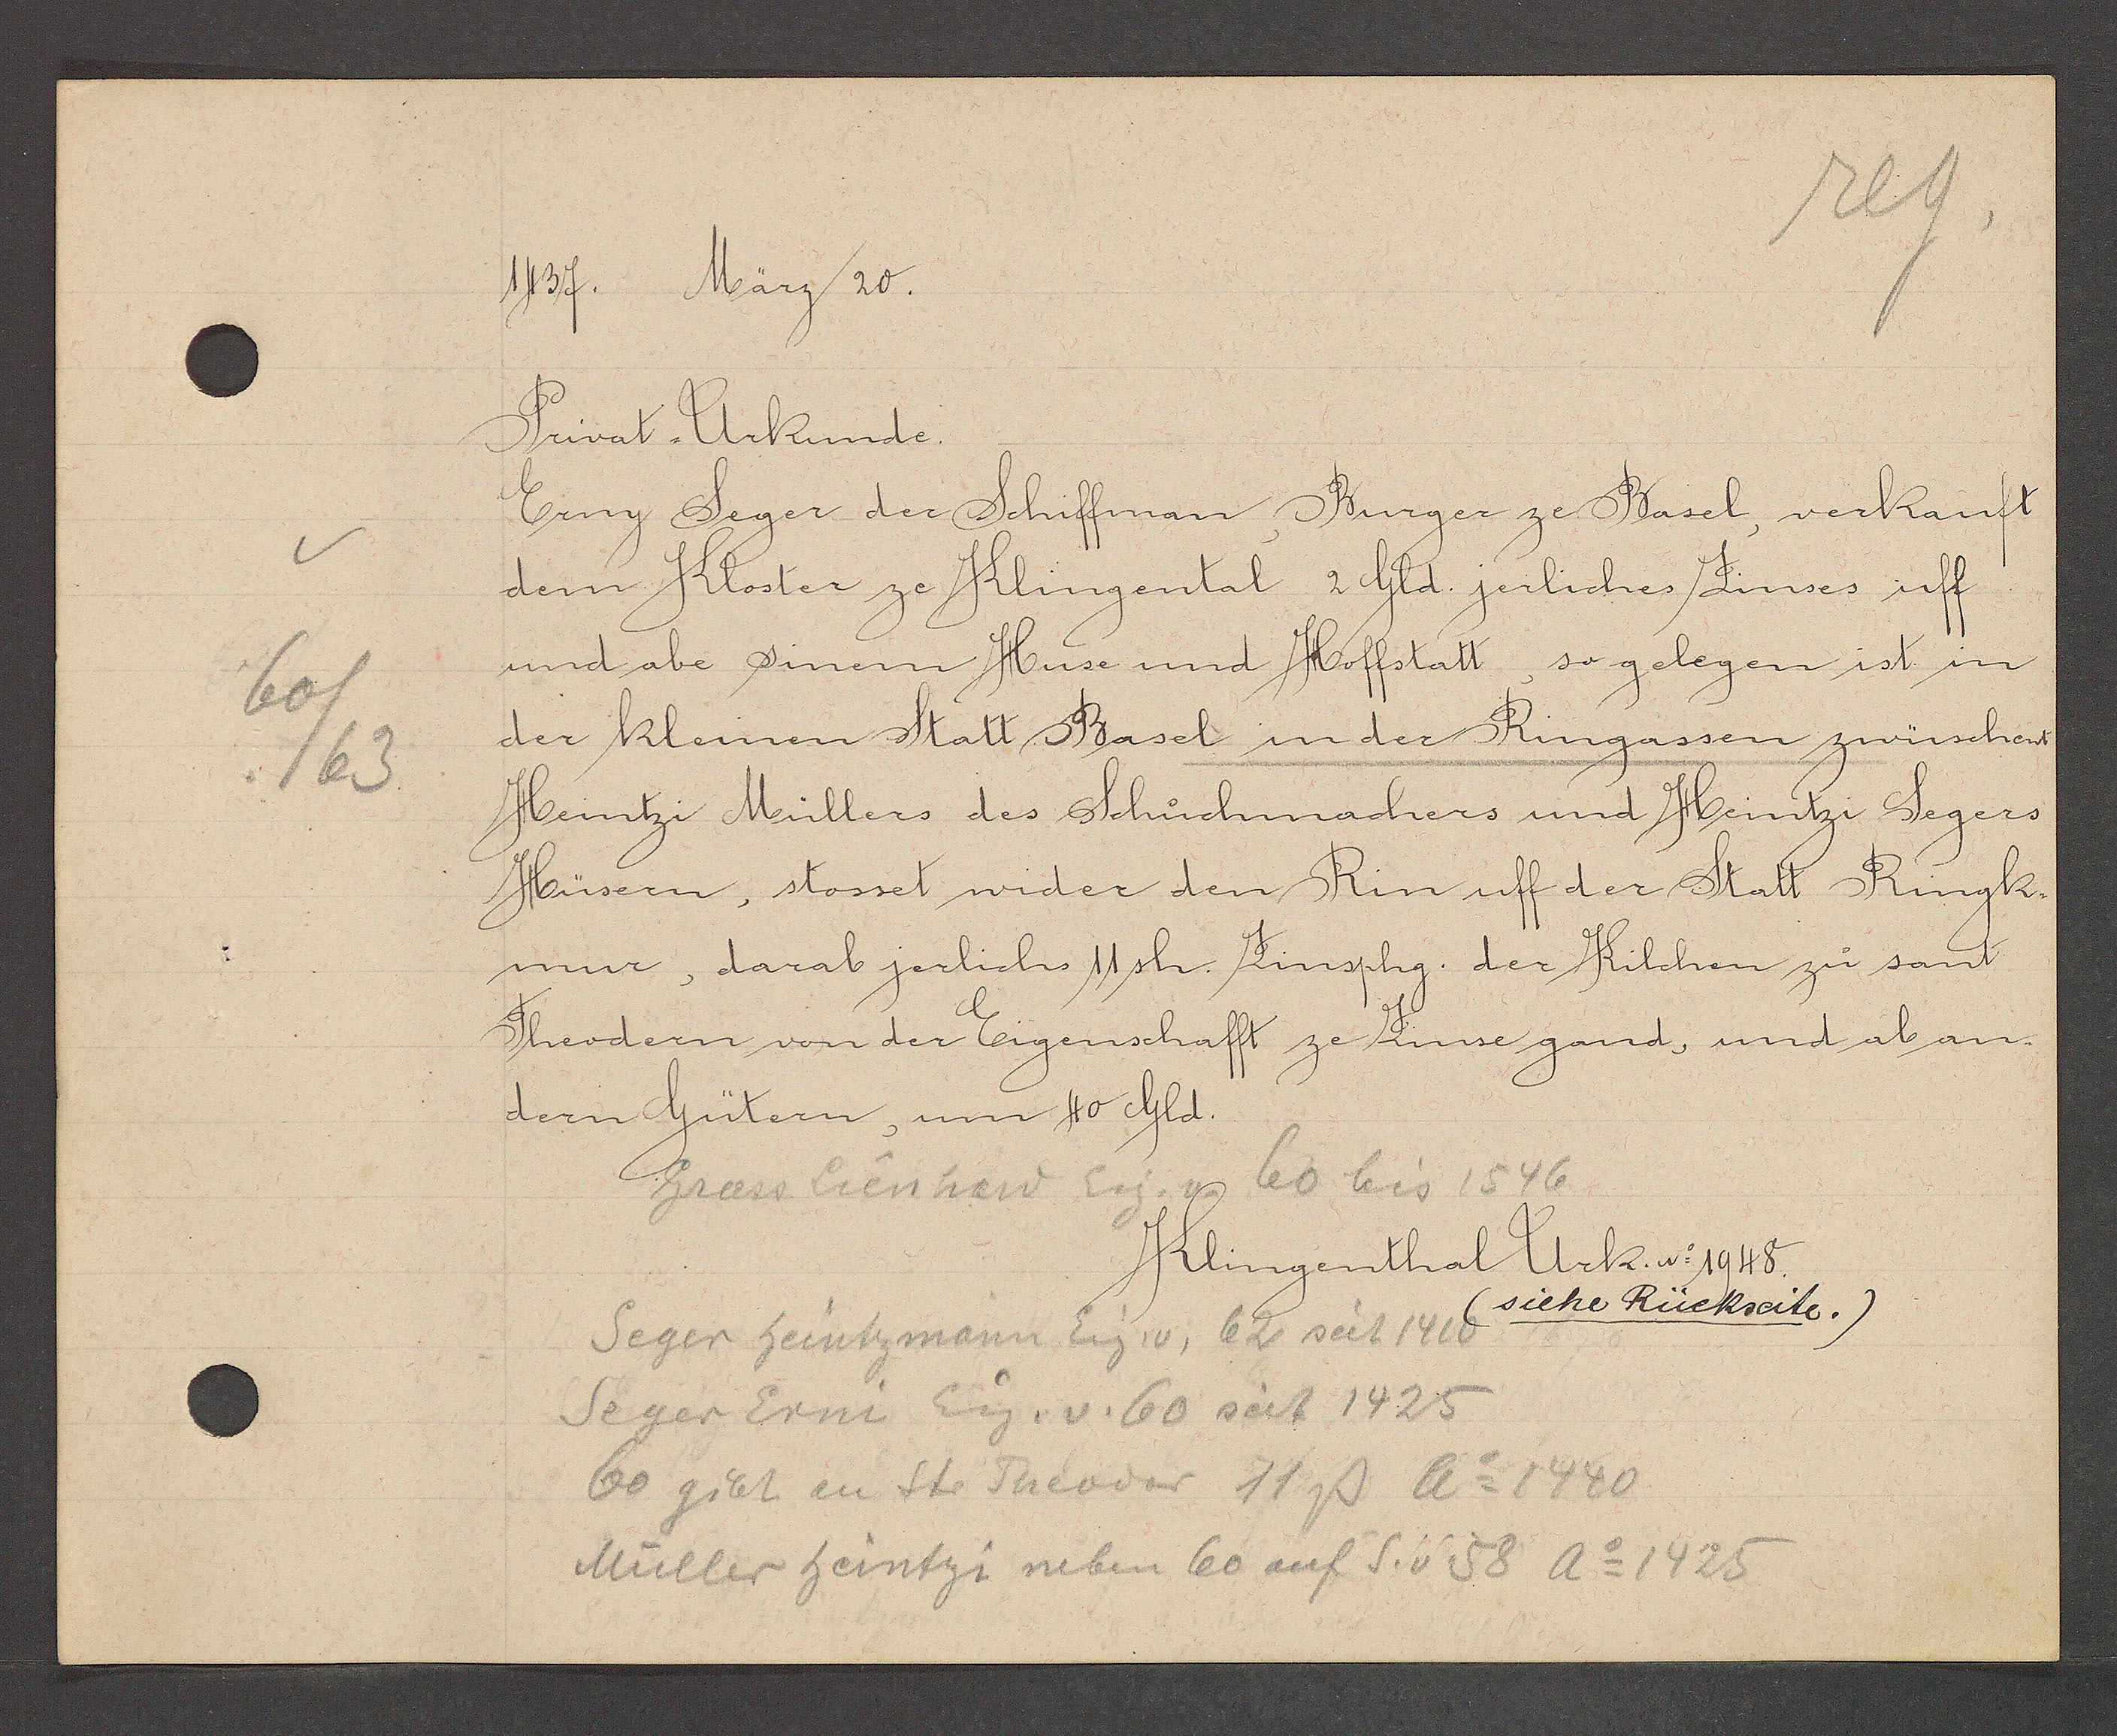
Transcript:
60/
/63

1437. März 20.

Privat Urkunde.
Erny Seger der Schiffman Burger ze Basel, verkauft
dem Kloster ze Klingental 2Gld. jerliches Zinses uff
und abe sinem Huse und Hoffstatt, so gelegen ist in
der kleinen Statt Basel in der Ringassen zwüschent
Heintzi Müllers des Schuchmachers und Heintzi Segers
Hüsern, stosset wider den Rin uff der Statt Ringk
mur, darab jerlichs 11sh. Zinsphg. der Kilchen zu sant
Theodern von der Eigenschafft ze Zinse gand, und ab an¬
dern Gütern, um 40 Gld.

Grass Lienhard Eig. v. 60 bis 1546

Klingenthal Urk. No 1948.
(siehe Rückseite.)

Seger Heintzmann Eig. v. 62 seit 1410
Seger Erni Eig. v. 60 seit 1425
60 gibt an St. Theoder 11 ß Ao 1440
Müller Heintzi neben 60 auf S. v 58 Ao 1425